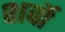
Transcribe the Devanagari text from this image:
शर्वो